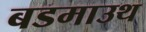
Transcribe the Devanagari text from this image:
बडमाउथ